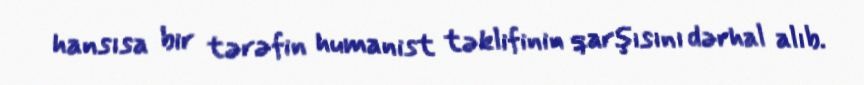
hansısa bir tərəfin humanist təklifinin qarşısını dərhal alıb.